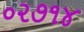
૦૨૭૧૪